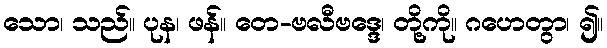
သော၊ သည်။ ပုန၊ ဖန်။ တေ-ဗလီဗဒ္ဒေ၊ တို့ကို။ ဂဟေတွာ၊ ၍။